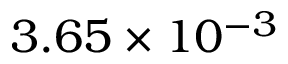
3 . 6 5 \times 1 0 ^ { - 3 }